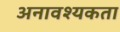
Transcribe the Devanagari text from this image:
अनावश्यकता